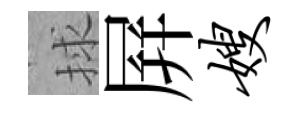
捄屛嫂